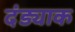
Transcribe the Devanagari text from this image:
दंड्याक